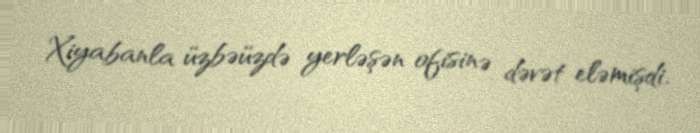
Xiyabanla üzbəüzdə yerləşən ofisinə dəvət eləmişdi.